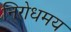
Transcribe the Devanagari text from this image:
निरोधमय